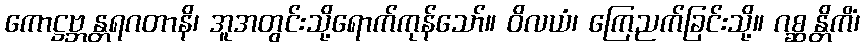
ကောဋ္ဌဗ္ဘန္တရဂတာနိ၊ အူအတွင်းသို့ရောက်ကုန်သော်။ ဝိလယံ၊ ကြေညက်ခြင်းသို့။ ဂစ္ဆန္တိကိံ၊